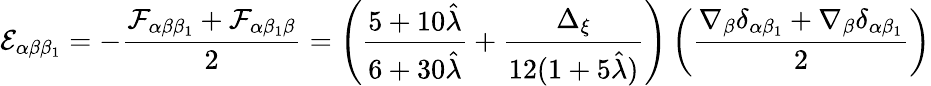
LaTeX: \mathcal{E}_{\alpha\beta\beta_{1}}=-\frac{\mathcal{F}_{\alpha\beta\beta_{1}}+\mathcal{F}_{\alpha\beta_{1}\beta}}{2}=\left(\frac{5+10\hat{\lambda}}{6+30\hat{\lambda}}+\frac{\Delta_{\xi}}{12(1+5\hat{\lambda})}\right)\left(\frac{\nabla_{\beta}\delta_{\alpha\beta_{1}}+\nabla_{\beta}\delta_{\alpha\beta_{1}}}{2}\right)